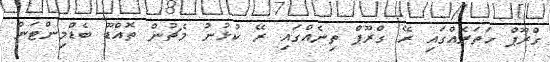
ގްރޫޕް ހަތަރެއްގައި ރޭ ގްރޫޕް ތިނެއްގައި ރޭ ކުޅުނު މެޗުން ތޮއްޑޫ ބެޑްމިންޓަން